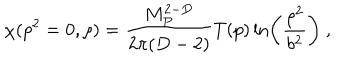
LaTeX: \chi ( p ^ { 2 } = 0 , \rho ) = { \frac { M _ { P } ^ { 2 - D } } { 2 \pi ( D - 2 ) } } T ( p ) \ln \left( { \frac { \rho ^ { 2 } } { b ^ { 2 } } } \right) ~ ,